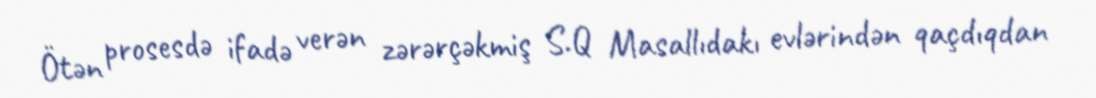
Ötən prosesdə ifadə verən zərərçəkmiş S.Q Masallıdakı evlərindən qaçdıqdan